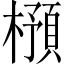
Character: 𣛿